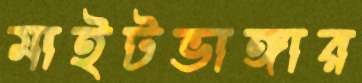
মাইটভাঙ্গার